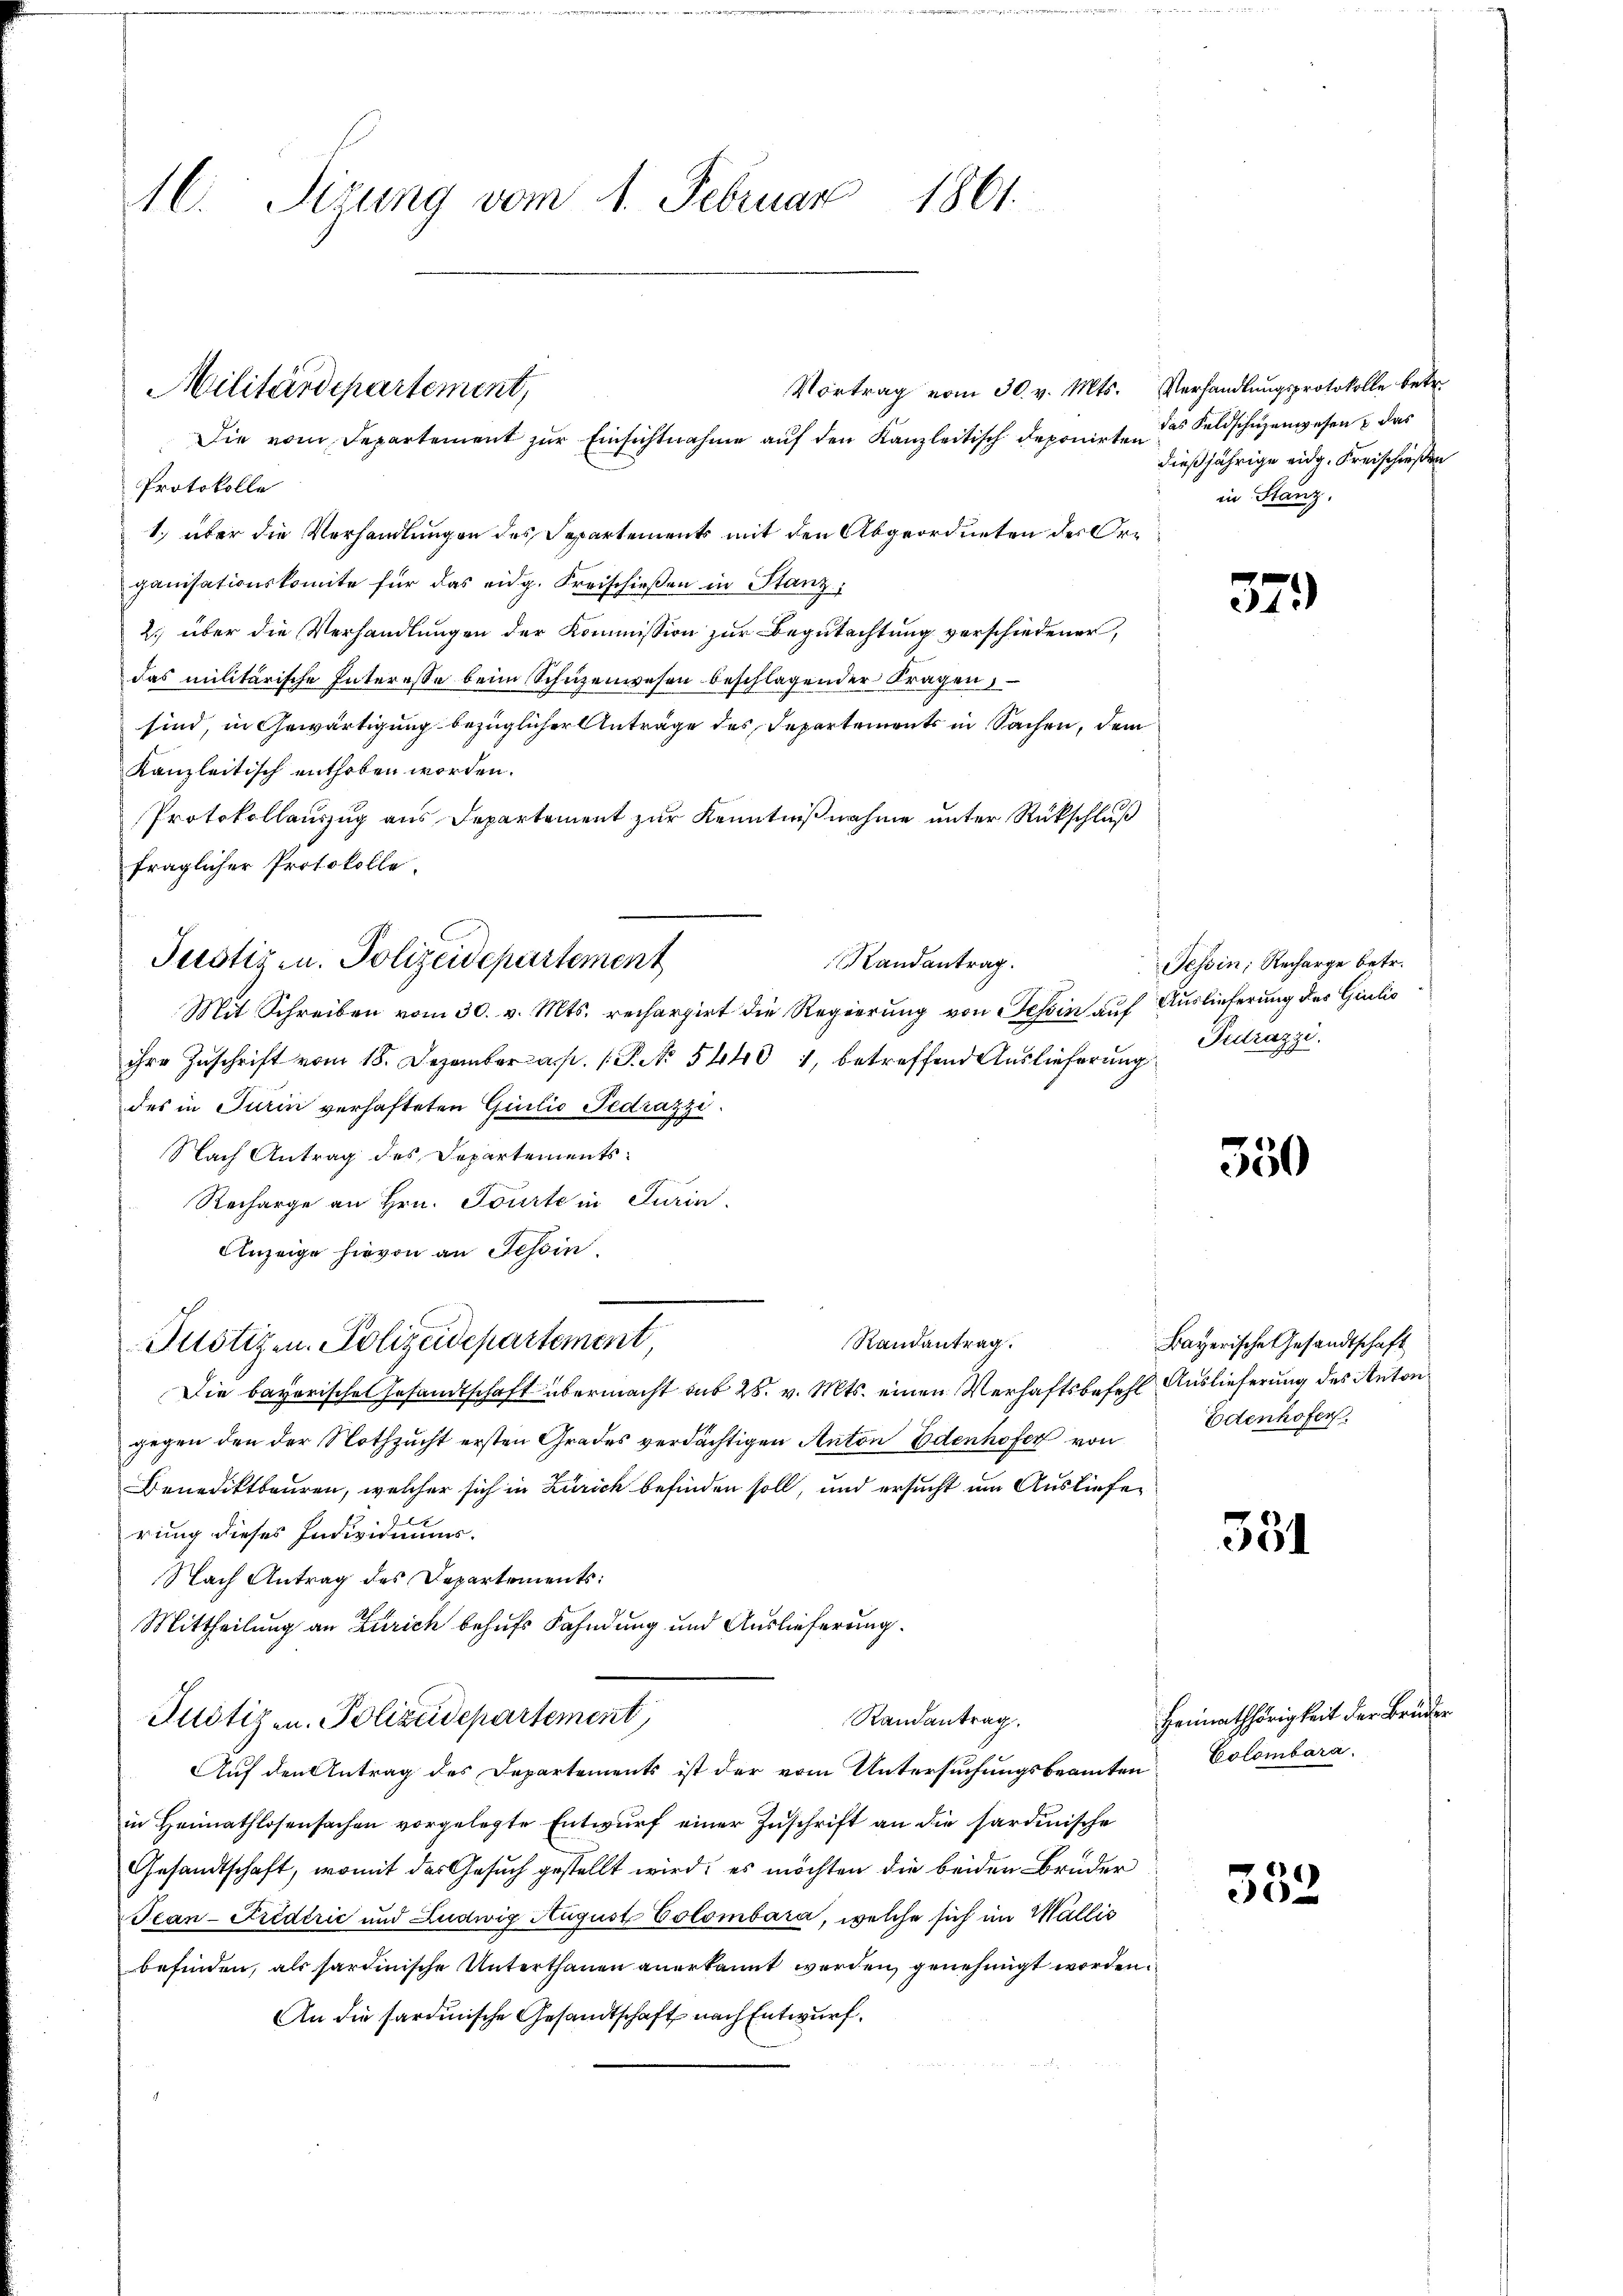
M. Sirung vom 1. Februar 1861

Militärdepartement,
Die vom Departement zur Einsichtnahme auf den Kanzleitisch deponirten

Justigen. Polizeidepartement

Protokolle
1.) über die Verhandlungen des Separtements mit den Abgeordneten des Organisationskomite für das eidg. Freischießen in Stanz,
2) über die Verhandlungen der Kommission zur Begutachtung verschiedener,
das militärische Interesse beim Schüzenwesen beschlagender Fragen,
sind, in Gewärtigung bezüglicher Anträge des Departements in Sachen, dem
Kanzleitisch enthoben worden.
Protokollauszug aus Departement zur Kenntnißnahme unter Rückschluß
fraglicher Protokolle.
Mit Schreiben vom 30. v. Mts. rechargirt die Regierung von Tessin auf Auslieferung des Giulio
ihre Zuschrift vom 18. Dezember a.p. P. Nr. 54401, betreffend Auslieferung
des in Turin verhafteten Giulio Pedrazzi.
Nach Antrag des Departements
Recharge an Hrn. Tourte in Turin
Anzeige hievon an Tessin.
Randantrag.
Justizen. Polizeidepartement,
Die bayerisches Gesandtschaft übermacht aus 28. v. Mts. einen Verhaftsbefehl Auslieferung des Anton
gegen den der Nothzucht ersten Grades verdächtigen Anton Edenhofer von
Benediktbauren, welcher sich in Zürich befinden soll, und ersucht um Auslieferung dieses Individuums.
Nach Antrag des Departements:
Mittheilung an Zürich behufs Fahndung und Auslieferung.
Randantrag.
Justizen. Polizeidepartement
Auf den Antrag des Departements ist der vom Untersuchungsbeamten Colombara
in Heimathlosensachen vorgelegte Entwurf einer Zuschrift an die sardinische
Gesandtschaft, womit der Gesuch gestellt wird; es möchten die beiden Bruder
Scan-Friderić und Ludwig August Colombara, welche sich im Wallis
befinden, als hardinische Unterthanen anerkannt werden, genehmigt worden.
An die sardinische Gesandtschaft nach Entwurf.

andantrag.

Vortrag vom 30. v. Mts. Verhandlungsprotokolle betr.
das Feldschuzenwesen & das
dießjährige eidg. Kreischießen
in Stanz.

57.

Tessin, Recharge betr.
Tetrazzi.

550

Bayerische Gesandtschaft
Edenhofen.

331

Heimathörigkeit der Bruder

552